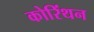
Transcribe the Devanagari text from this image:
कोरिंथन